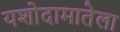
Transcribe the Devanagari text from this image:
यशोदामातेला